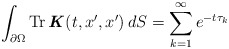
\begin{align*} \int_{\partial \Omega} \operatorname{Tr} \textbf{\textit{K}}(t,x^{\prime},x^{\prime}) \,dS = \sum_{k=1}^{\infty} e^{-t\tau_k}\end{align*}